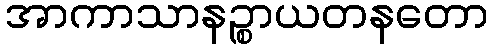
အာကာသာနဉ္စာယတနတော